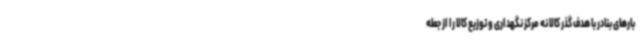
بارهای بنادر با هدف گذر کالا نه مرکز نگهداری و توزیع کالا را از جمله